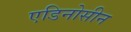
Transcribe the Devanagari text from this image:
एडिनोसीन